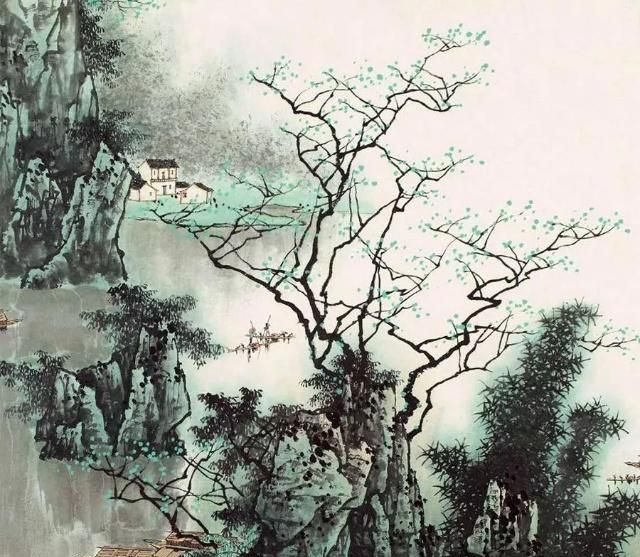
假金方用真金镀，若是真金不镀金。